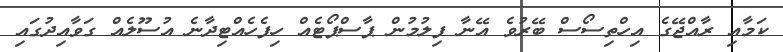
ކަމާއި ރާއްޖޭގެ އިހްތިސޯސް ބޭރުވެ އޭނާ ފިލުމުން ޕާސްޕޯޓެއް ހިފެހެއްޓިދާނެ އުސޫލެއް ގަވާއިދުގައި